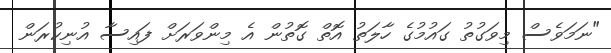
"ނަމަވެސް މިވަގުތު ގައުމުގެ ހާލަތު އޮތް ގޮތުން އެ މިންވަރަށް ފައިސާ އުނިކުރަން